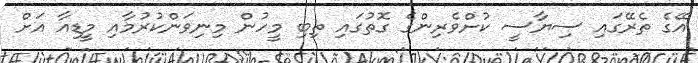
އޭގެ ތެރޭގައި ސިޔާސީ ކުށްވެރިންގެ ގޮތުގައި ތިބި މީހުން މިނިވަންކުރުމާއި މީޑިއާ އަށް